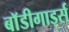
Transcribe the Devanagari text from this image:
बाॅडीगार्ड्स